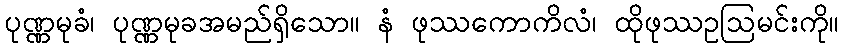
ပုဏ္ဏမုခံ၊ ပုဏ္ဏမုခအမည်ရှိသော။ နံ ဖုဿကောကိလံ၊ ထိုဖုဿဥဩမင်းကို။